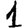
Digit: 1